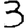
Digit: 3